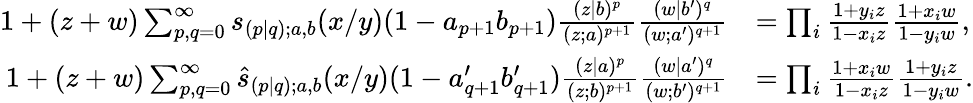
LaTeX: \begin{array}{rl}{1+(z+w)\sum_{p,q=0}^{\infty}s_{(p|q);a,b}(x/y)(1-a_{p+1}b_{p+1})\frac{(z|b)^{p}}{(z;a)^{p+1}}\frac{(w|b^{\prime})^{q}}{(w;a^{\prime})^{q+1}}}&{=\prod_{i}\frac{1+y_{i}z}{1-x_{i}z}\frac{1+x_{i}w}{1-y_{i}w},}\\ {1+(z+w)\sum_{p,q=0}^{\infty}\widehat{s}_{(p|q);a,b}(x/y)(1-a_{q+1}^{\prime}b_{q+1}^{\prime})\frac{(z|a)^{p}}{(z;b)^{p+1}}\frac{(w|a^{\prime})^{q}}{(w;b^{\prime})^{q+1}}}&{=\prod_{i}\frac{1+x_{i}w}{1-x_{i}z}\frac{1+y_{i}z}{1-y_{i}w}.}\end{array}